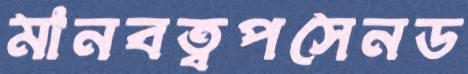
মানবত্বপসেনড